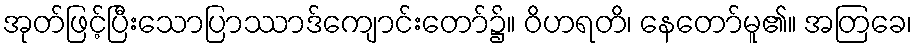
အုတ်ဖြင့်ပြီးသောပြာဿာဒ်ကျောင်းတော်၌။ ဝိဟရတိ၊ နေတော်မူ၏။ အတြခေ၊